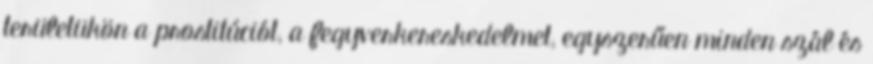
területükön a prostitúciót, a fegyverkereskedelmet, egyszerűen minden szál és